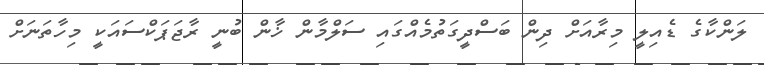
ލަންކާގެ ޑެއިލީ މިރާއަށް ދިން ބަސްދީގަތުމެއްގައި ސަލްމާން ޚާން ބުނީ ރާޖަޕަކްސައަކީ މިހާތަނަށް